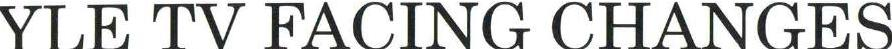
YLE TV FACING CHANGES